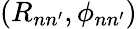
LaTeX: (R_{nn^{\prime}},\phi_{nn^{\prime}})